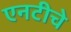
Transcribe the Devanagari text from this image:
एनटीचे